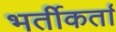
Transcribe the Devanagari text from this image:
भर्तीकर्ता